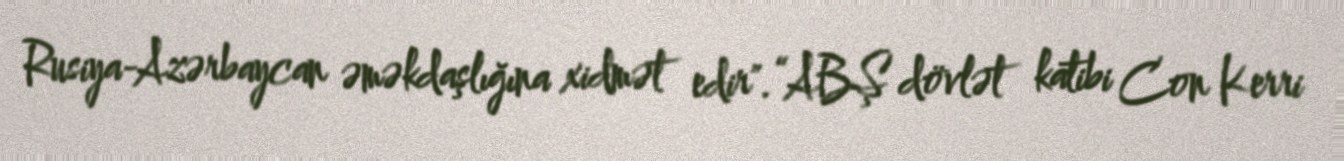
Rusiya-Azərbaycan əməkdaşlığına xidmət edir".“ABŞ dövlət katibi Con Kerri